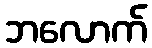
ဘလောက်